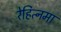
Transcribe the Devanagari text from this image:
रेहित्नमा